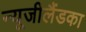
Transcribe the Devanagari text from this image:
न्यूजीलैंडका